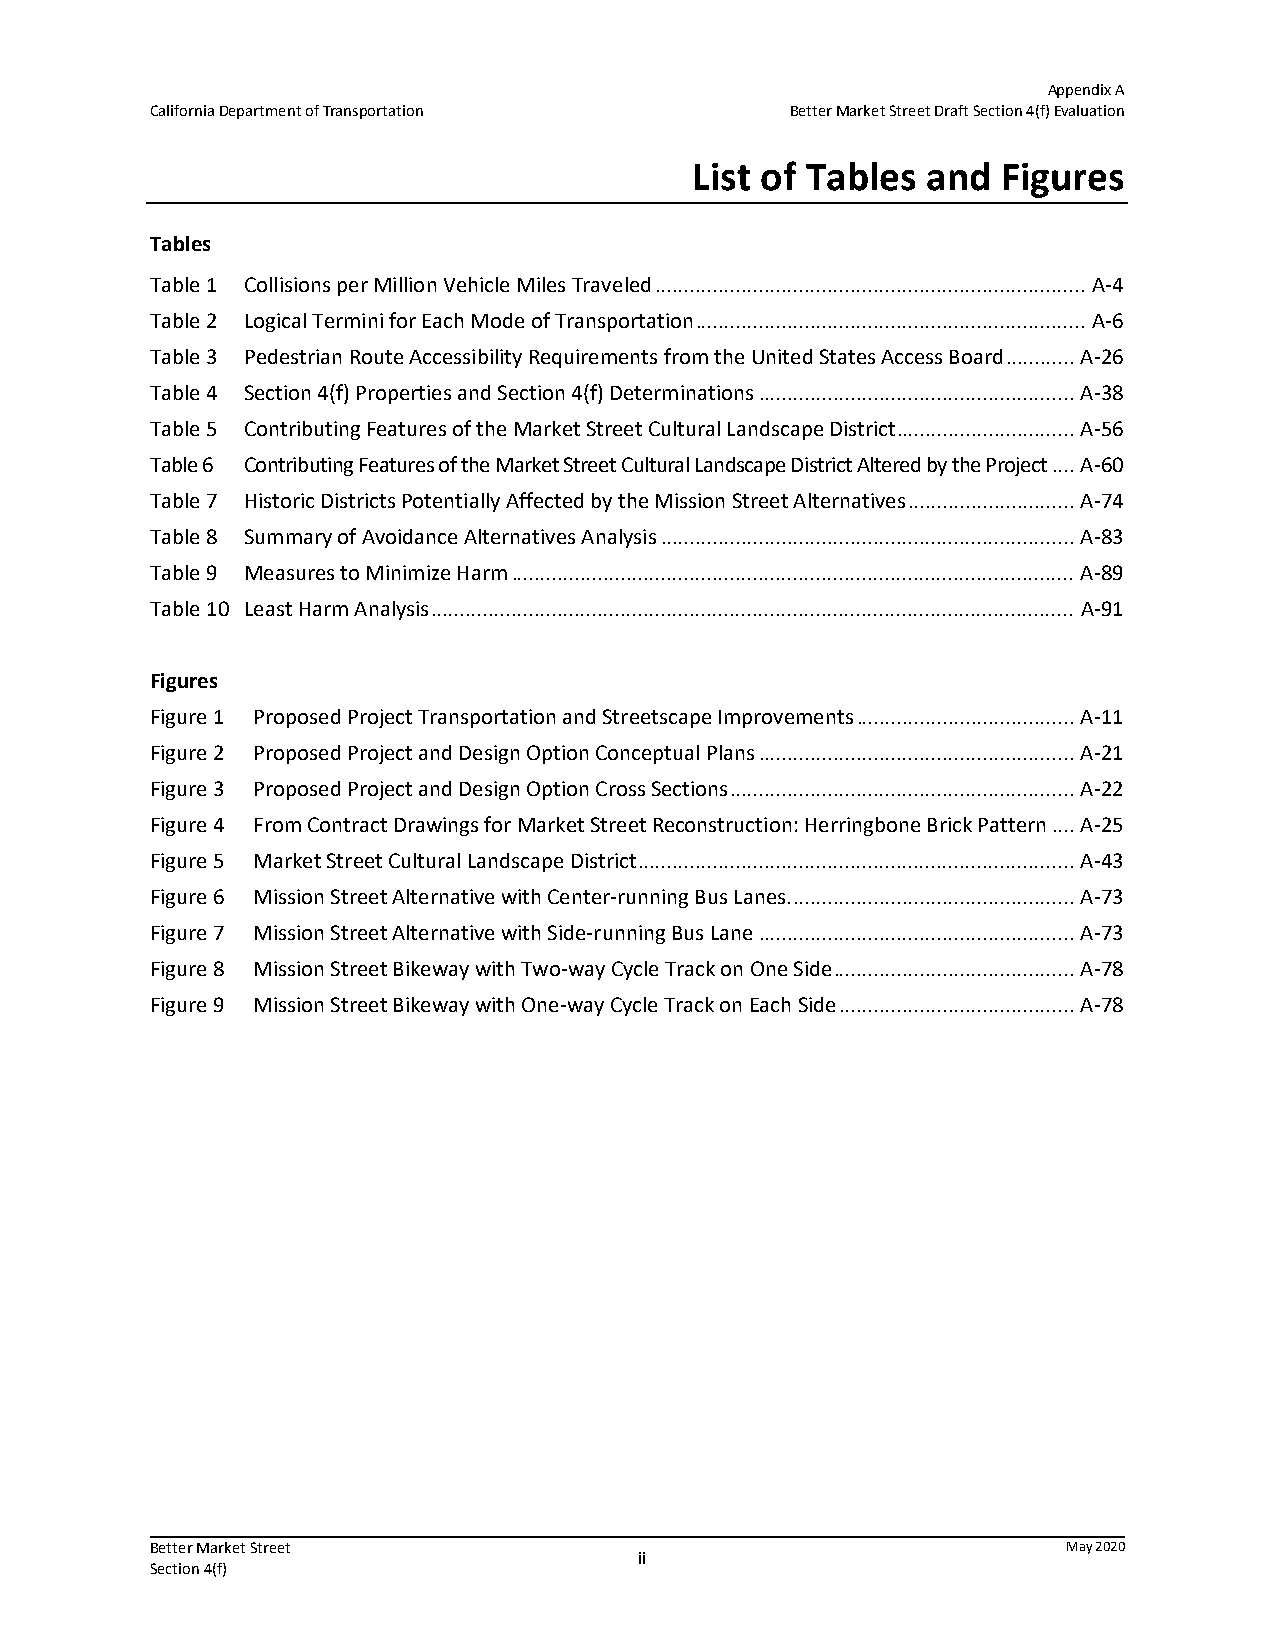
Appendix A
 California Department of Transportation   Better Market Street Draft Section 4(f) Evaluation
 List of Tables and  Figures
 Tables
 Table 1 Collisions per Million Vehicle Miles Traveled ........................................................................... A‐4
 Table 2 Logical Termini for Each Mode of Transportation .................................................................... A‐6
 Table 3 Pedestrian Route Accessibility Requirements from the United States Access Board ............ A‐26
 Table 4 Section 4(f) Properties and Section 4(f) Determinations ....................................................... A‐38
 Table 5 Contributing Features of the Market Street Cultural Landscape District ............................... A‐56
 Table 6 Contributing Features of the Market Street Cultural Landscape District Altered by the Project .... A‐60
 Table 7 Historic Districts Potentially Affected by the Mission Street Alternatives ............................. A‐74
 Table 8 Summary of Avoidance Alternatives Analysis ........................................................................ A‐83
 Table 9 Measures to Minimize Harm .................................................................................................. A‐89
 Table 10 Least Harm Analysis ................................................................................................................ A‐91
 Figures
 Figure 1 Proposed Project Transportation and Streetscape Improvements ...................................... A‐11
 Figure 2 Proposed Project and Design Option Conceptual Plans ....................................................... A‐21
 Figure 3 Proposed Project and Design Option Cross Sections ............................................................ A‐22
 Figure 4 From Contract Drawings for Market Street Reconstruction: Herringbone Brick Pattern .... A‐25
 Figure 5 Market Street Cultural Landscape District ............................................................................ A‐43
 Figure 6 Mission Street Alternative with Center‐running Bus Lanes. ................................................. A‐73
 Figure 7 Mission Street Alternative with Side‐running Bus Lane ....................................................... A‐73
 Figure 8 Mission Street Bikeway with Two‐way Cycle Track on One Side .......................................... A‐78
 Figure 9 Mission Street Bikeway with One‐way Cycle Track on Each Side ......................................... A‐78
 Better Market Street                                         May 2020
 ii
 Section 4(f)